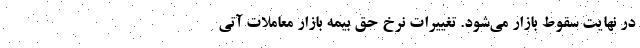
در نهایت سقوط بازار می‌شود. تغییرات نرخ حق بیمه بازار معاملات آتی